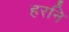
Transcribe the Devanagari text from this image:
हरनि